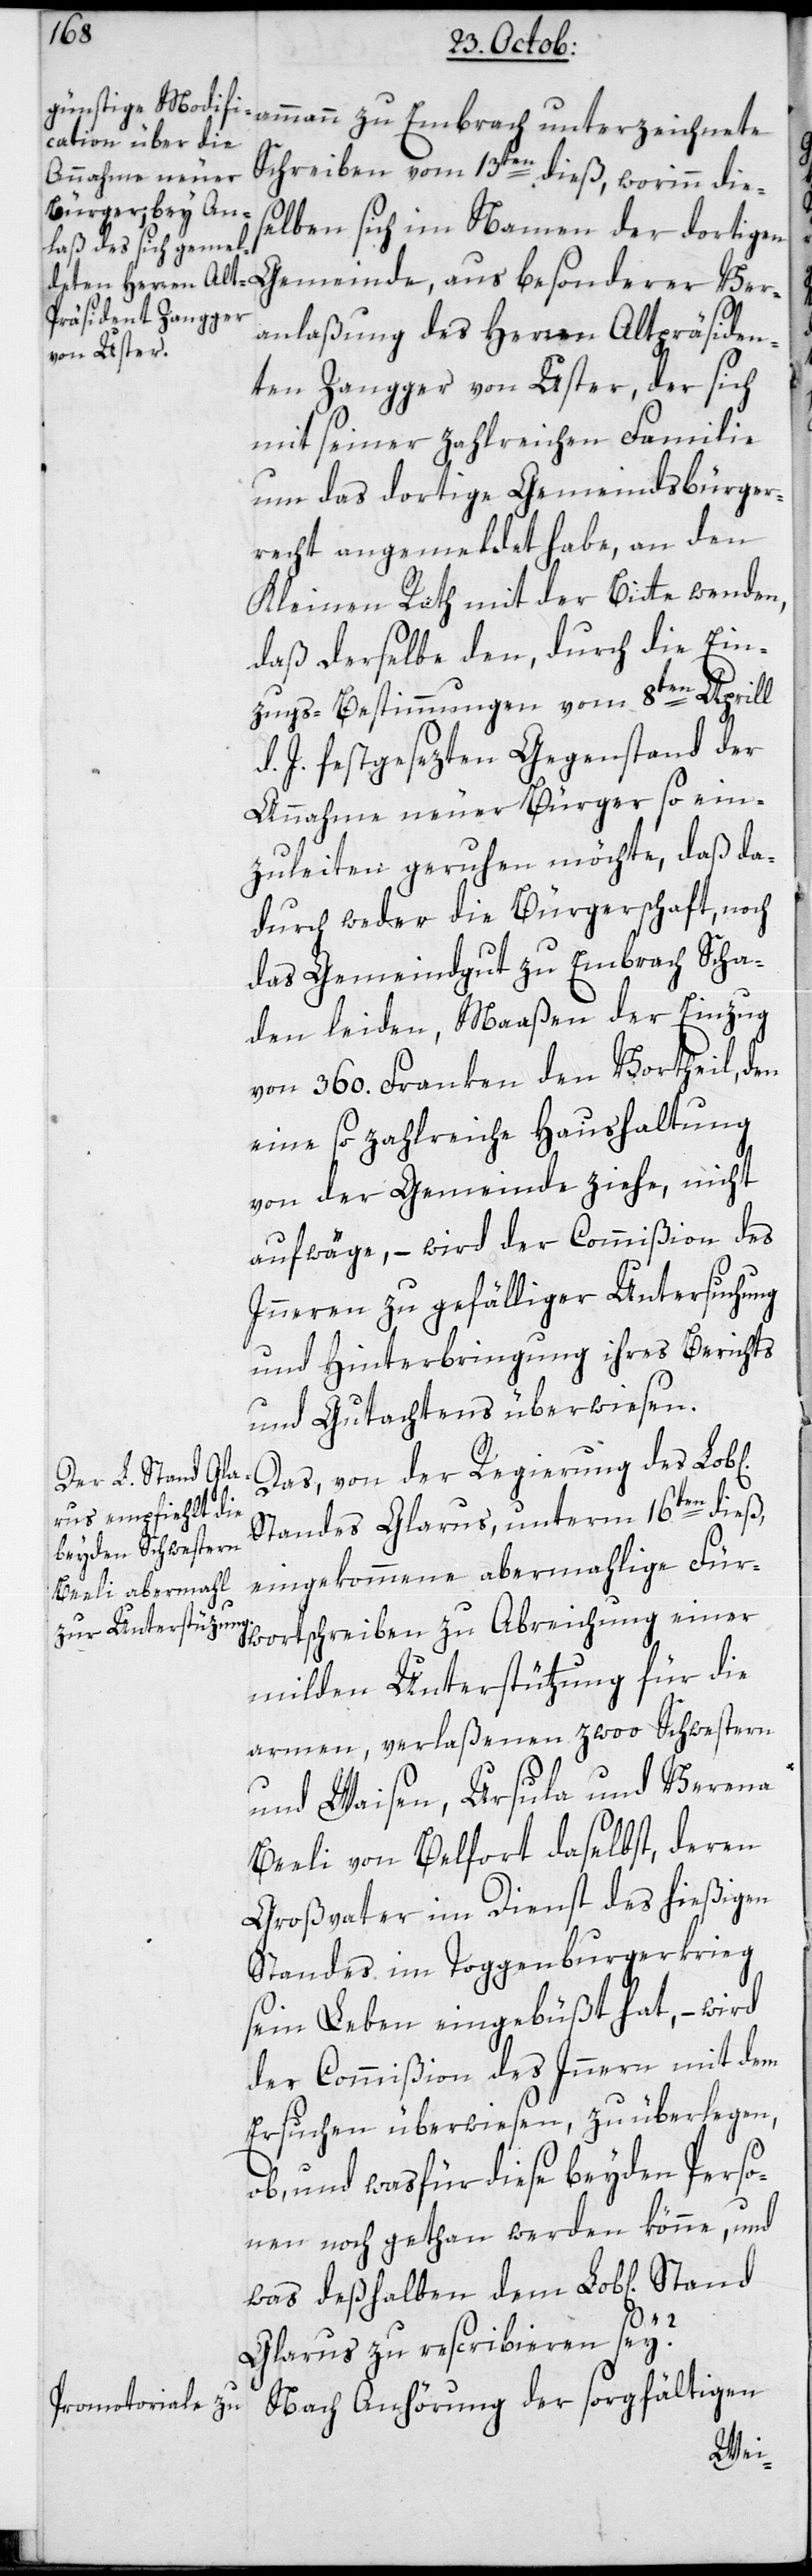
l[ichen]
Schreiben vom 13ten dieß, worinn die¬
selben sich im Namen der dortigen
Gemeinde, aus besonderer Ver¬
anlaßung des Herren Altpräsiden¬
ten Zangger von Uster, der sich
mit seiner zahlreichen Familie
um das dortige Gemeindsbürger¬
recht angemeldet habe, an den
Kleinen Rath mit der Bitte wenden,
daß derselbe den, durch die Ein¬
zugs-Bestimmungen vom 8ten Aprill
d. J. festgesezten Gegenstand der
Annahme neuer Bürger so ein¬
zuleiten geruhen möchte, daß da¬
durch weder die Bürgerschaft, noch
das Gemeindegut zu Embrach Scha¬
den leiden, Maaßen der Einzug
von 360. Franken den Vortheil, den
eine so zahlreiche Haushaltung
von der Gemeinde ziehe, nicht
aufwäge, – wird der Commißion des
Innern zu gefälliger Untersuchung
und Hinterbringung ihres Berichts
und Gutachtens überwiesen.
Das von der Regierung des Lob¬
Standes Glarus, unterm 16ten dieß,
eingekommene abermahlige Für¬
wortschreiben zu Abreichung einer
milden Unterstützung für die
armen verlaßenen zwoo Schwestern
und Waisen, Ursula und Verena
Beeli von Belfort daselbst, deren
Großvater im Dienst des hießigen
Standes im Toggenburgerkrieg
sein Leben eingebüßt hat, – wird
der Commißion des Innern mit dem
Ersuchen überwiesen, zu überlegen,
ob und was für diese beyden Perso¬
nen noch gethan werden könne, und
was deßhalben dem Lobl. Stand
Glarus zu rescribieren sei?
Nach Anhörung der sorgfältigen